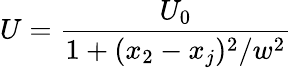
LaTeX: U=\frac{U_{0}}{1+(x_{2}-x_{j})^{2}/w^{2}}